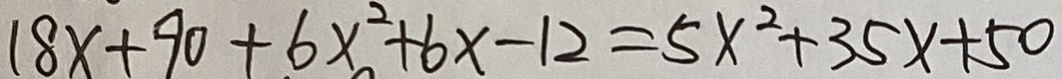
1 8 x + 9 0 + 6 x ^ { 2 } + 6 x - 1 2 = 5 x ^ { 2 } + 3 5 x + 5 0